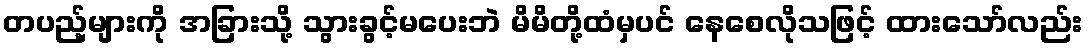
တပည့်များကို အခြားသို့ သွားခွင့်မပေးဘဲ မိမိတို့ထံမှပင် နေစေလိုသဖြင့် ထားသော်လည်း